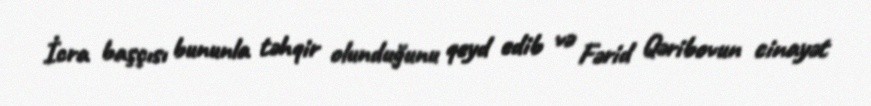
İcra başçısı bununla təhqir olunduğunu qeyd edib və Fərid Qəribovun cinayət